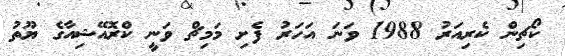
ކޯޗިން ކެރިއަރު 1988 ވަނަ އަހަރު ފެށި މަމިޗް ވަނީ ކްރޮއޭޝިއާގެ ޔޫތު